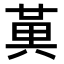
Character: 𭁔